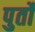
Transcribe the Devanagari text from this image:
पुर्तो